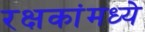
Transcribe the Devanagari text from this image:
रक्षकांमध्ये